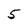
Character: 5